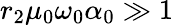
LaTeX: r_{2}\mu_{0}\omega_{0}\alpha_{0}\gg 1